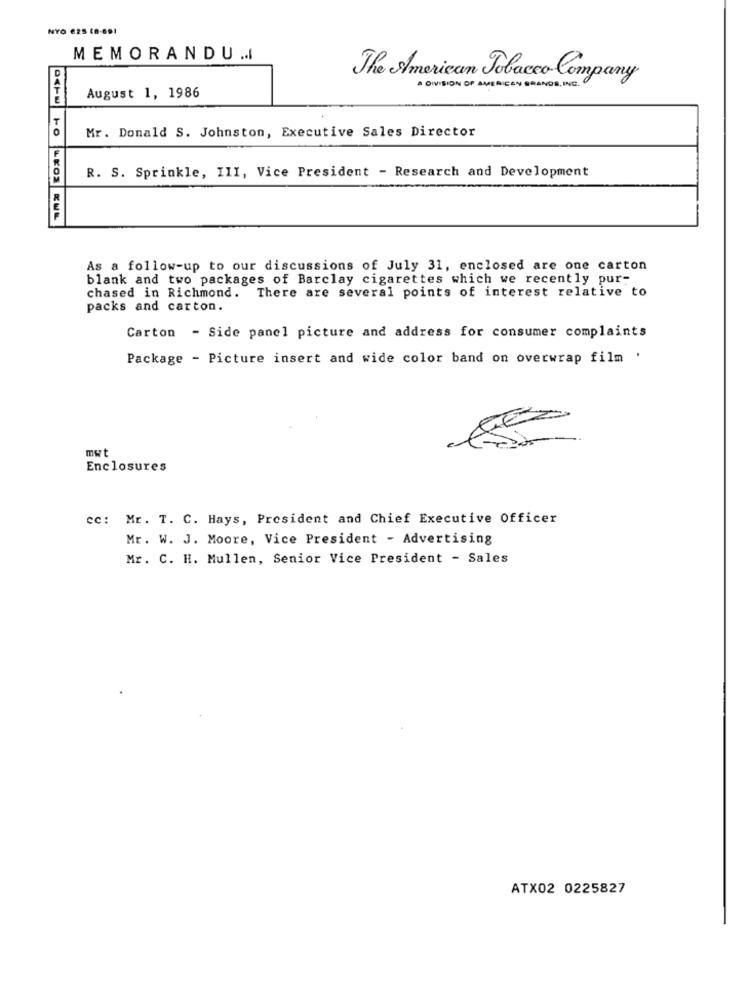
NYO 625 CB-691
MEMORANDU ...
The American Tobacco Company
A DIVISION OF AMERICAN BRANDS INC.
August 1, 1986
Mr. Donald S. Johnston, Executive Sales Director
R. S. Sprinkle, III, Vice President - Research and Development
As a follow-up to our discussions of July 31, enclosed are one carton
blank and two packages of Barclay cigarettes which we recently pur-
chased in Richmond. There are several points of interest relative to
packs and carton.
Carton - Side panel picture and address for consumer complaints
Package - Picture insert and wide color band on overwrap film '
mwt
Enclosures
cc: Mr. T. C. Hays, President and Chief Executive Officer
Mr. W. J. Moore, Vice President - Advertising
Mr. C. H. Mullen, Senior Vice President - Sales
ATX02 0225827